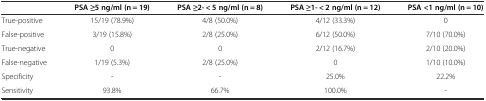
|  | PSA ≥5 ng/ml (n = 19) | PSA ≥2- < 5 ng/ml (n = 8) | PSA ≥1- < 2 ng/ml (n = 12) | PSA <1 ng/ml (n = 10) |
 | --- | --- | --- | --- | --- |
 | True-positive | 15/19 (78.9%) | 4/8 (50.0%) | 4/12 (33.3%) | 0 |
 | False-positive | 3/19 (15.8%) | 2/8 (25.0%) | 6/12 (50.0%) | 7/10 (70.0%) |
 | True-negative | 0 | 0 | 2/12 (16.7%) | 2/10 (20.0%) |
 | False-negative | 1/19 (5.3%) | 2/8 (25.0%) | 0 | 1/10 (10.0%) |
 | Specificity | - | - | 25.0% | 22.2% |
 | Sensitivity | 93.8% | 66.7% | 100.0% | - |